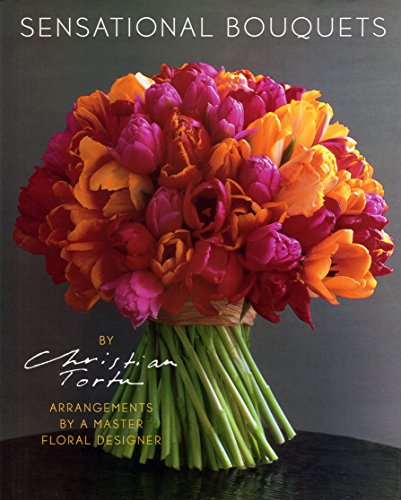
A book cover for Sensational Bouquets by Christian Tortu: Arrangements by a Master Floral Designer; Corine Delahaye; Crafts, Hobbies & Home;